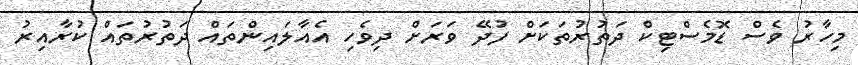
މިހާރު ވެސް ޑޮމެސްޓިކް ދަތުރުތަކަށް ފުދޭ ވަރަށް ދިވެހި އެއާލައިންތައް ދަތުރުތައް ކުރާއިރު